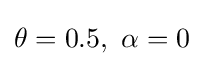
\theta =0.5,\ \alpha =0